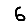
Digit: 6